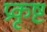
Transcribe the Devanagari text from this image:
प्रकृष्टं